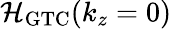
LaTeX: \mathcal{H}_{\mathrm{GTC}}(k_{z}=0)